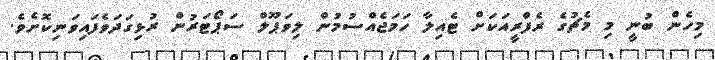
މިހެން ބުނީ މި މެޗުގެ ރެފްރީއަކަށް ޓެއިލާ ހަމަޖެއްސުމުން ލިވަޕޫލް ސަޕޯޓަރުން ރުޅިގަދަވެފައިވަނިކޮށެވެ.